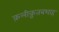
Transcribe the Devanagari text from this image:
क़लीक़ुतबशाह